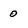
Character: o